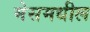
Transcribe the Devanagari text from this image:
मेसमधील